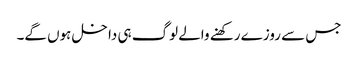
جس سے روزے رکھنے والے لوگ ہی داخل ہوں گے۔